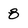
Character: 8